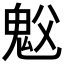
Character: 𫙉